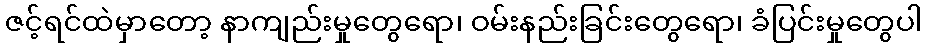
ဇင့်ရင်ထဲမှာတော့ နာကျည်းမှုတွေရော၊ ဝမ်းနည်းခြင်းတွေရော၊ ခံပြင်းမှုတွေပါ